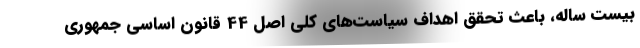
بیست ساله، باعث تحقق اهداف سیاست‌های كلی اصل 44 قانون اساسی جمهوری